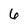
Character: 6